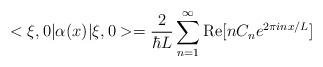
LaTeX: \begin{align*}<\xi,0| \alpha (x)| \xi,0 > = {2 \over \hbar L}\sum_{n=1}^\infty{\rm Re}[nC_ne^{2\pi inx/L}]\end{align*}